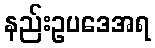
နည်းဥပဒေအရ